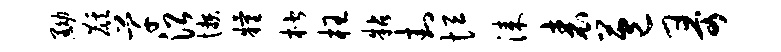
黝麒芊沿懒粮楷枉粘封恒漆表苞哥